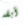
أبقه